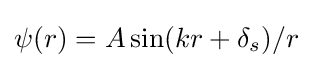
\psi (r)=A\sin(kr+\delta _{s})/r